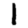
Digit: 1